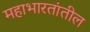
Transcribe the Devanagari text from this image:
महाभारतांतील